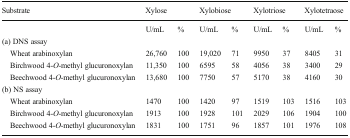
| Substrate | <COLSPAN=2> Xylose | <COLSPAN=2> Xylobiose | <COLSPAN=2> Xylotriose | <COLSPAN=2> Xylotetraose |
 | --- | --- | --- | --- | --- | --- | --- | --- | --- |
 |  | U/mL | % | U/mL | % | U/mL | % | U/mL | % |
 | <COLSPAN=9> (a) DNS assay |
 | Wheat arabinoxylan | 26,760 | 100 | 19,020 | 71 | 9950 | 37 | 8405 | 31 |
 | Birchwood 4-O-methyl glucuronoxylan | 11,350 | 100 | 6595 | 58 | 4056 | 38 | 3400 | 29 |
 | Beechwood 4-O-methyl glucuronoxylan | 13,680 | 100 | 7750 | 57 | 5170 | 38 | 4160 | 30 |
 | <COLSPAN=9> (b) NS assay |
 | Wheat arabinoxylan | 1470 | 100 | 1420 | 97 | 1519 | 103 | 1516 | 103 |
 | Birchwood 4-O-methyl glucuronoxylan | 1913 | 100 | 1928 | 101 | 2029 | 106 | 1904 | 100 |
 | Beechwood 4-O-methyl glucuronoxylan | 1831 | 100 | 1751 | 96 | 1857 | 101 | 1976 | 108 |